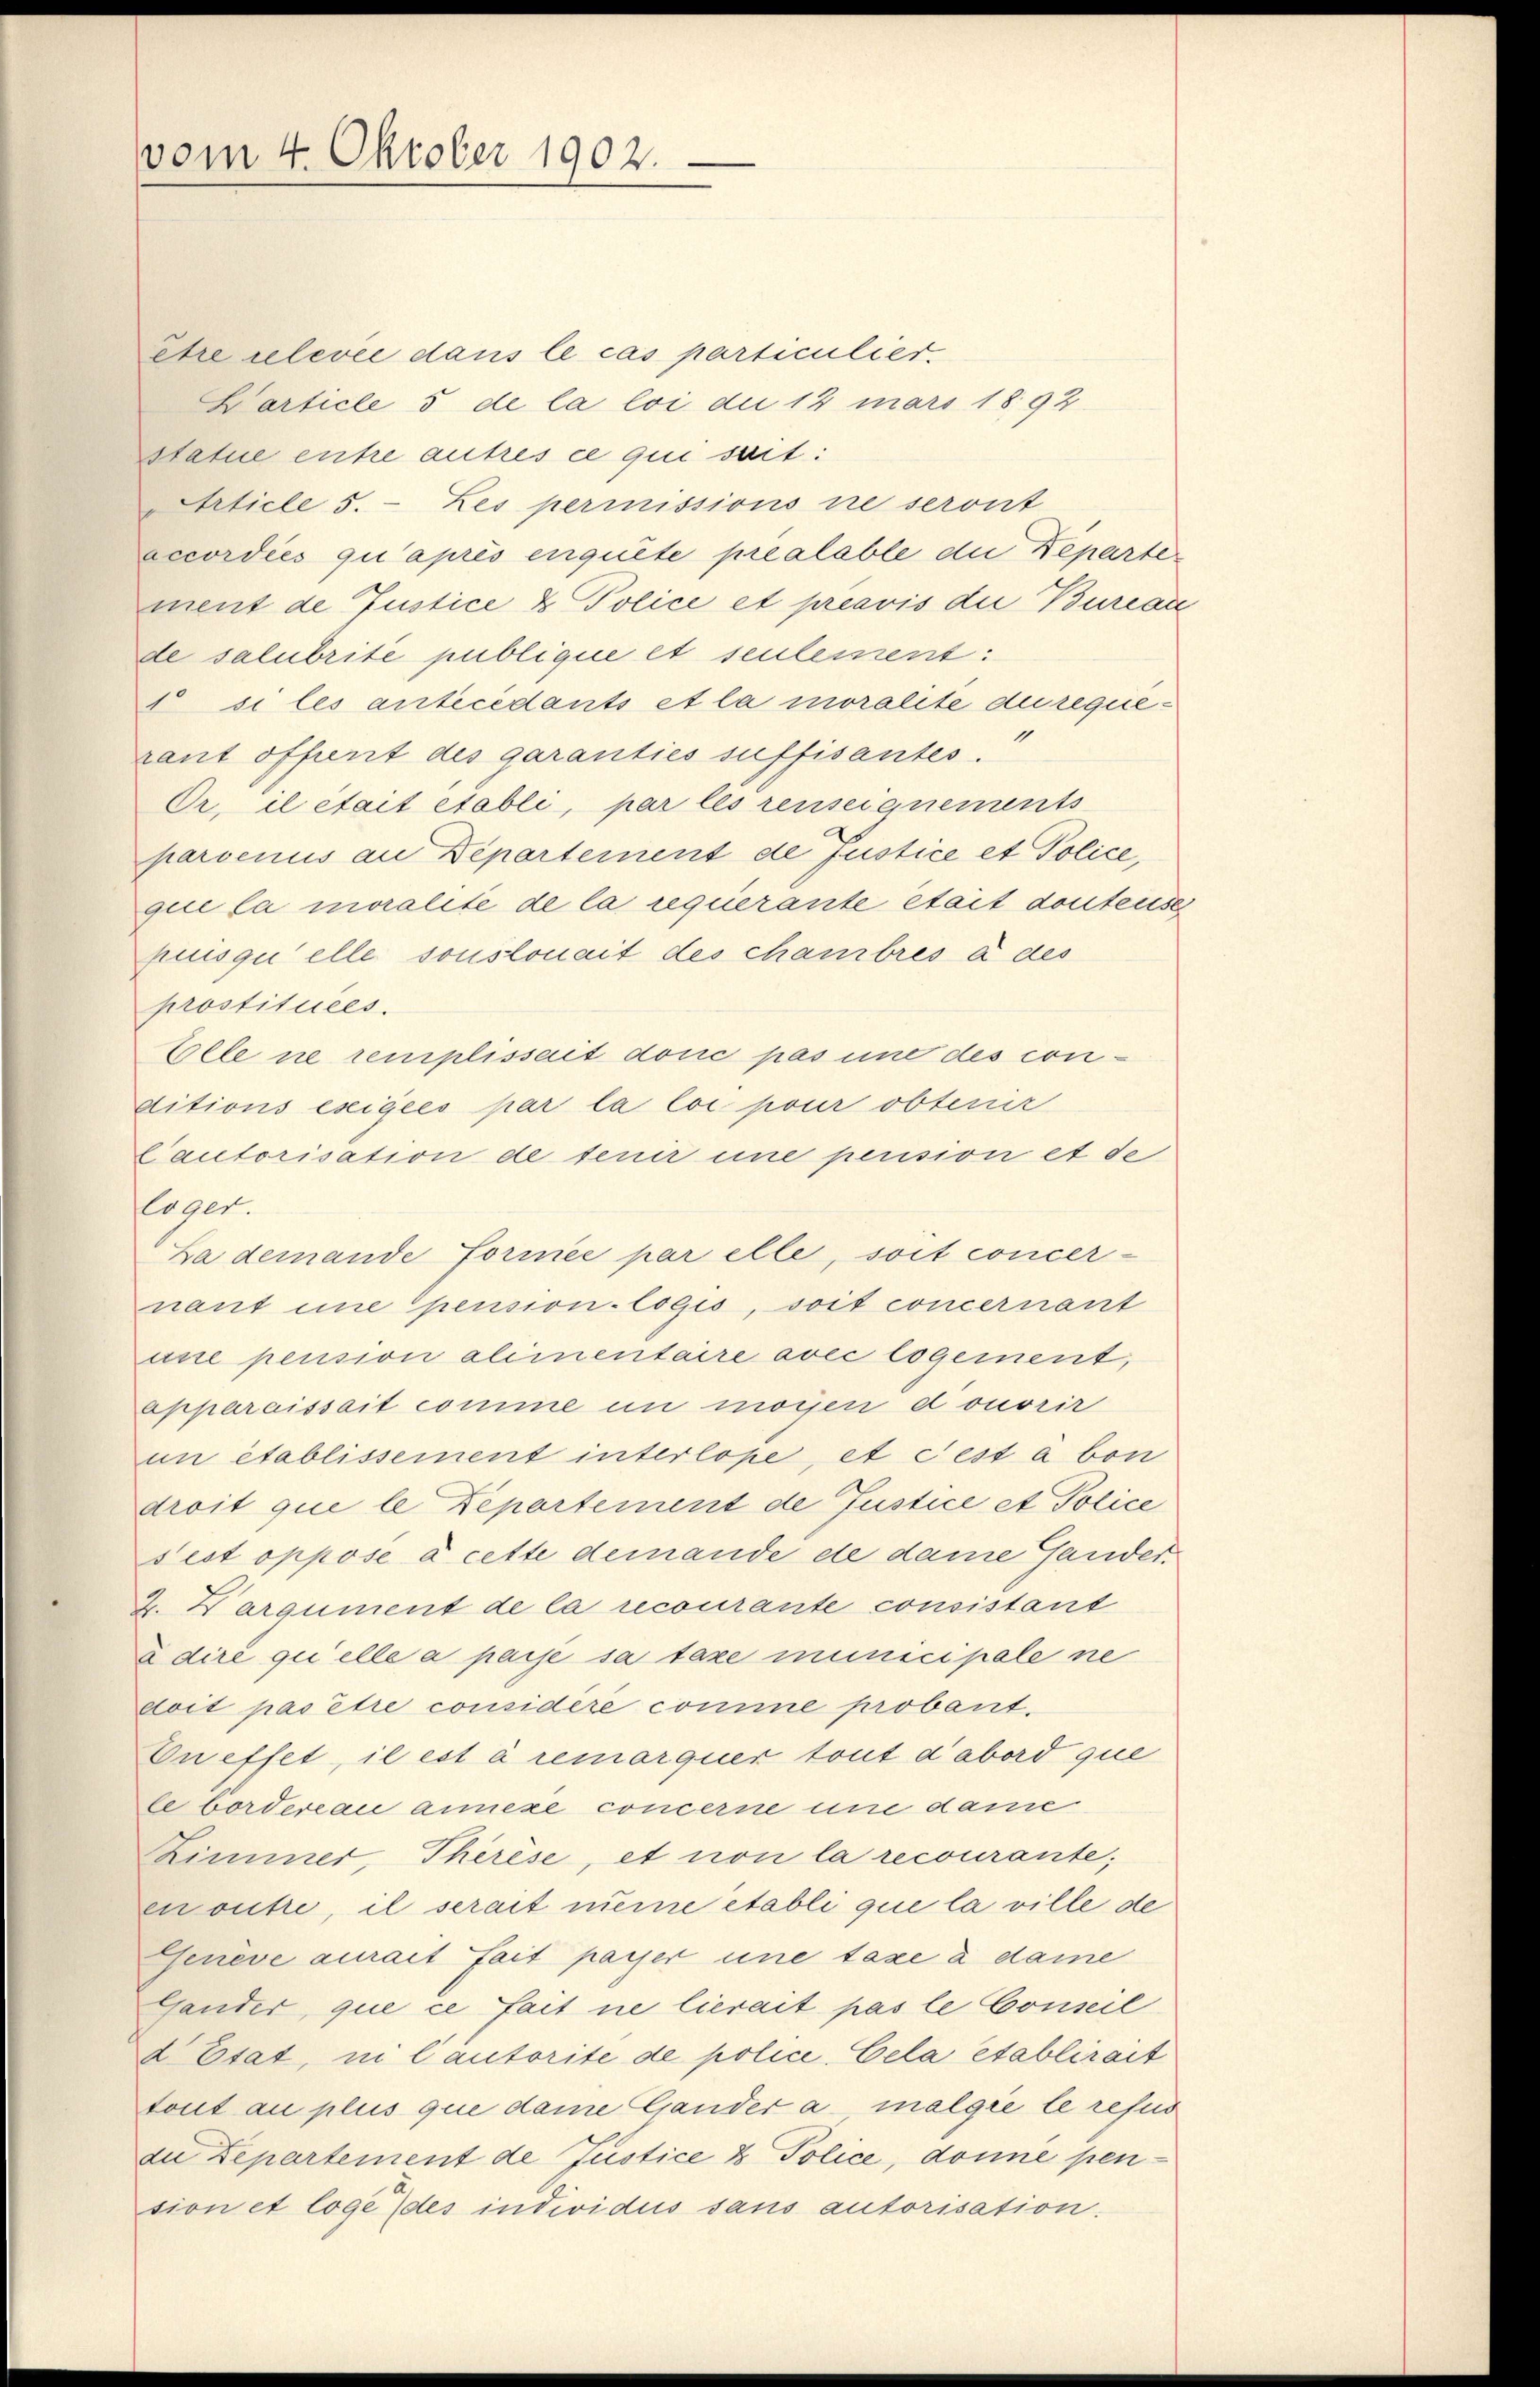
vom 4. Oktober 1902.

etre relevée dans le cas particulier.
Larticle 5 de la loi die 12 mars 1892
statue entre autres ce qui seit:
Article 5. - Zes permissions ne seront
accordies qu’après enquête préalable die Departe
ment de Justice & Police et préavis die Bureau
de salubrite publique et seulement:
1 si les antecedants et la moralite durequerant offent des garanties suffisantes.
Dr. il était établi, par les renseignements
parvenus an Departement de Justice et Police,
que la moralite de la requerante était dontens
puisquelle sonslonait des chambres à des
prostituées.
Elle ne remplissait douc pas une des conditions exigées par la loi pour obtenir
Cautorisation de tenir eine pension et de
loger.
La demande formée par elle, soit concer-
nant une pension-logis, soit concernant
une pension aliinentaire avec logement,
apparaissait comme in mögen donorir
un établissement interlope, et Fest à bon
droit que le Departement de Justice et Police
sest oppose à cette demande de dame Gander.
Z. Wargument de la recourante consistant
u dire quelle a passe sa taxe municipale ne
doit pas être considere comme probant.
On effet, il est à remarquer tout d’abord que
le bordereau annexe concerne und dami
Zimmer, Therèse, et non la recourante;
enoutre, il serait même établi que la ville de
Genève aurait fait payer une taxe à dame
Gander, que ce fait ne lierait pas le Conseil
d Etat, ni Cautorité de police. Cela etablirait
tout au plus que dame Gander a., malgie le refus
zu Departement de Justice 8 Police, donne pension et loge (des individus sans autorisation.

t